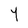
Character: 4